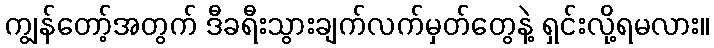
ကျွန်တော့်အတွက် ဒီခရီးသွားချက်လက်မှတ်တွေနဲ့ ရှင်းလို့ရမလား။